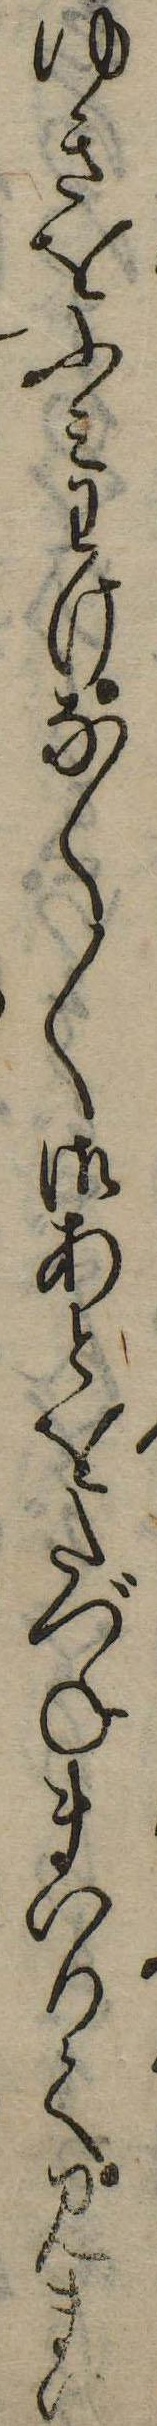
ゆきをふみわけなく〱御あとをたづねまいりて見まい